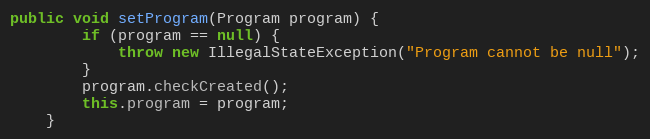
Language: Java
public void setProgram(Program program) {
        if (program == null) {
            throw new IllegalStateException("Program cannot be null");
        }
        program.checkCreated();
        this.program = program;
    }